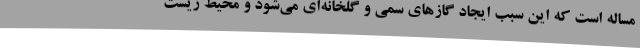
مساله است که این سبب ایجاد گازهای سمی و گلخانه‌ای می‌شود و محیط زیست